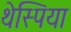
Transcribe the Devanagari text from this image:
थेस्पिया